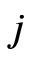
j